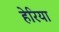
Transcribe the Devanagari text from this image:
हेरिया